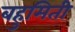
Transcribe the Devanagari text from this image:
बहुमिती